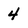
Character: 4